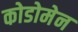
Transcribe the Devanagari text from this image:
कोडोमेन